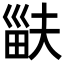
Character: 𤱽